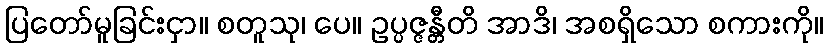
ပြတော်မူခြင်းငှာ။ စတူသု၊ ပေ။ ဥပ္ပဇ္ဇန္တီတိ အာဒိ၊ အစရှိသော စကားကို။